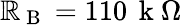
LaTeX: \mathbb{R}_{\mathrm{{~B~}}}=110\, \mathrm{{~k~}}\Omega